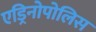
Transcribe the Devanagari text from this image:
एड्रिनोपोलिस